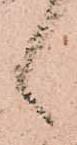
候